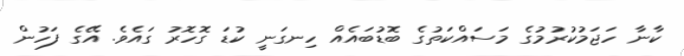
ކާނާ ހަޖަމުކުރުމުގެ މަސައްކަތުގެ ބޮޑުބައެއް ހިނގަނީ ކުޑަ ގޮހޮރު ގައެވެ. އޭގެ ފަހުން